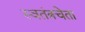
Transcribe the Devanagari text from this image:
स्वतंत्रचेता